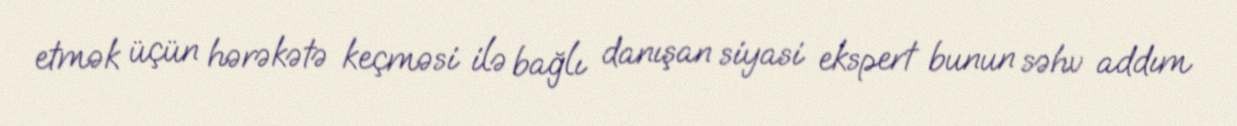
etmək üçün hərəkətə keçməsi ilə bağlı danışan siyasi ekspert bunun səhv addım